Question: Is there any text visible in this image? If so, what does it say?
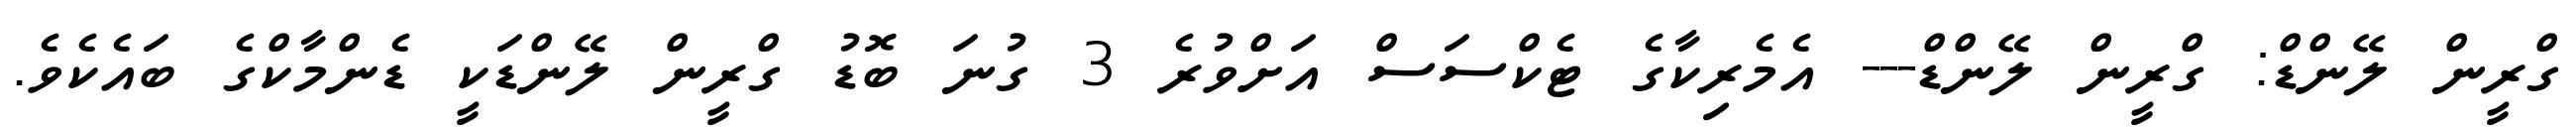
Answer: ގްރީން ލޭންޑް: ގްރީން ލޭންޑް--- އެމެރިކާގެ ޓެކްސަސް އަށްވުރެ 3 ގުނަ ބޮޑު ގްރީން ލޭންޑަކީ ޑެންމާކްގެ ބައެކެވެ.